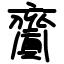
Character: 齎